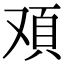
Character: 𩑌